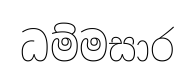
ධම්මසාර